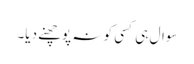
سوال ہی کسی کو نہ پوچھنے دیا۔